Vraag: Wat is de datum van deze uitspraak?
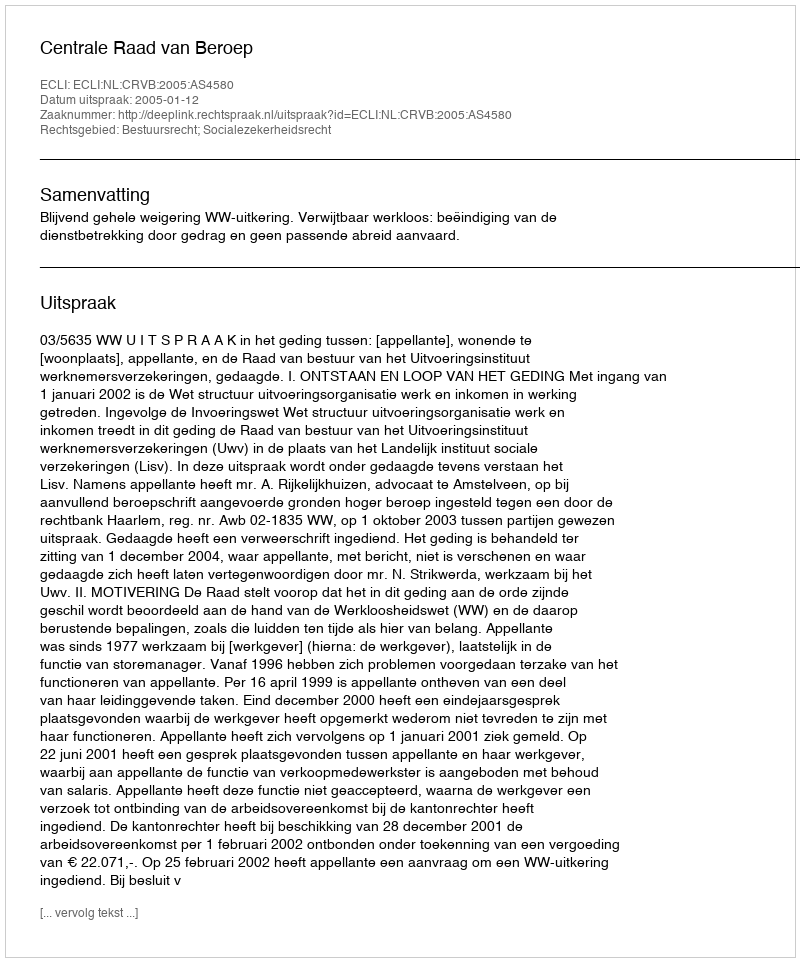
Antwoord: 2005-01-12